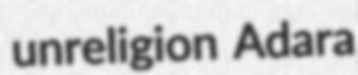
unreligion Adara